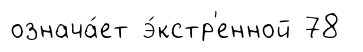
означа́ет э́кстр'енной 78